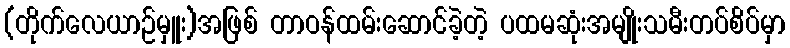
(တိုက်လေယာဉ်မှူး)အဖြစ် တာဝန်ထမ်းဆောင်ခဲ့တဲ့ ပထမဆုံးအမျိုးသမီးတပ်စိပ်မှာ